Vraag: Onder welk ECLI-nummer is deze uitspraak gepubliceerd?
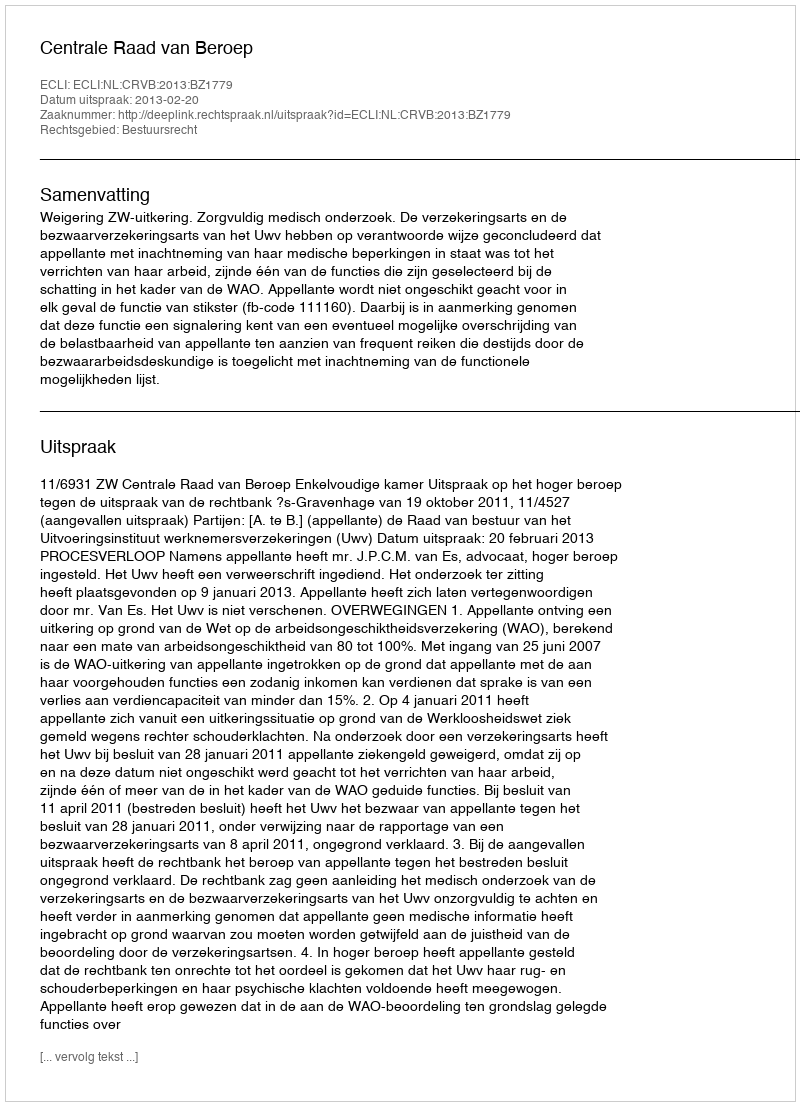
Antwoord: ECLI:NL:CRVB:2013:BZ1779